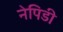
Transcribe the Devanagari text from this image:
नेपिडी